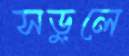
সড়ুলে